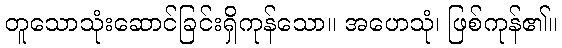
တူသောသုံးဆောင်ခြင်းရှိကုန်သော။ အဟေသုံ၊ ဖြစ်ကုန်၏။